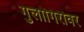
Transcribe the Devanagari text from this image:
गुलागिरीवर